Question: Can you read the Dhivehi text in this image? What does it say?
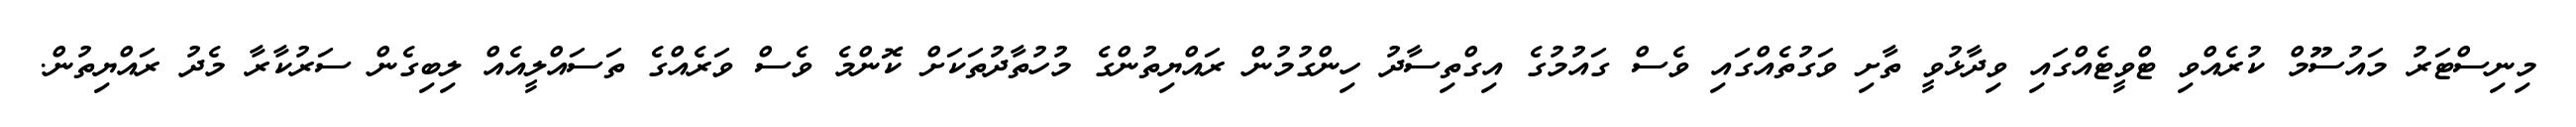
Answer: މިނިސްޓަރު މައުސޫމް ކުރެއްވި ޓްވީޓެއްގައި ވިދާޅުވީ ތާށި ވަގުތެއްގައި ވެސް ގައުމުގެ އިގްތިސާދު ހިންގުމުން ރައްޔިތުންގެ މުހުތާދުތަކަށް ކޮންމެ ވެސް ވަރެއްގެ ތަސައްލީއެއް ލިބިގެން ސަރުކާރާ މެދު ރައްޔިތުން.